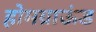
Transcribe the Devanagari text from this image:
होमग्राऊंड